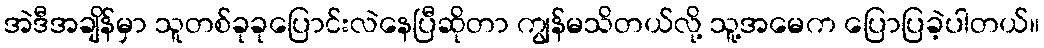
အဲဒီအချိန်မှာ သူတစ်ခုခုပြောင်းလဲနေပြီဆိုတာ ကျွန်မသိတယ်လို့ သူ့အမေက ပြောပြခဲ့ပါတယ်။